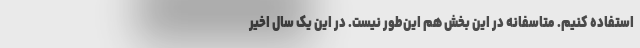
استفاده کنیم. متاسفانه در این بخش هم این‌طور نیست. در این یک سال اخیر